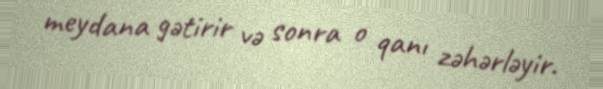
meydana gətirir və sonra o qanı zəhərləyir.